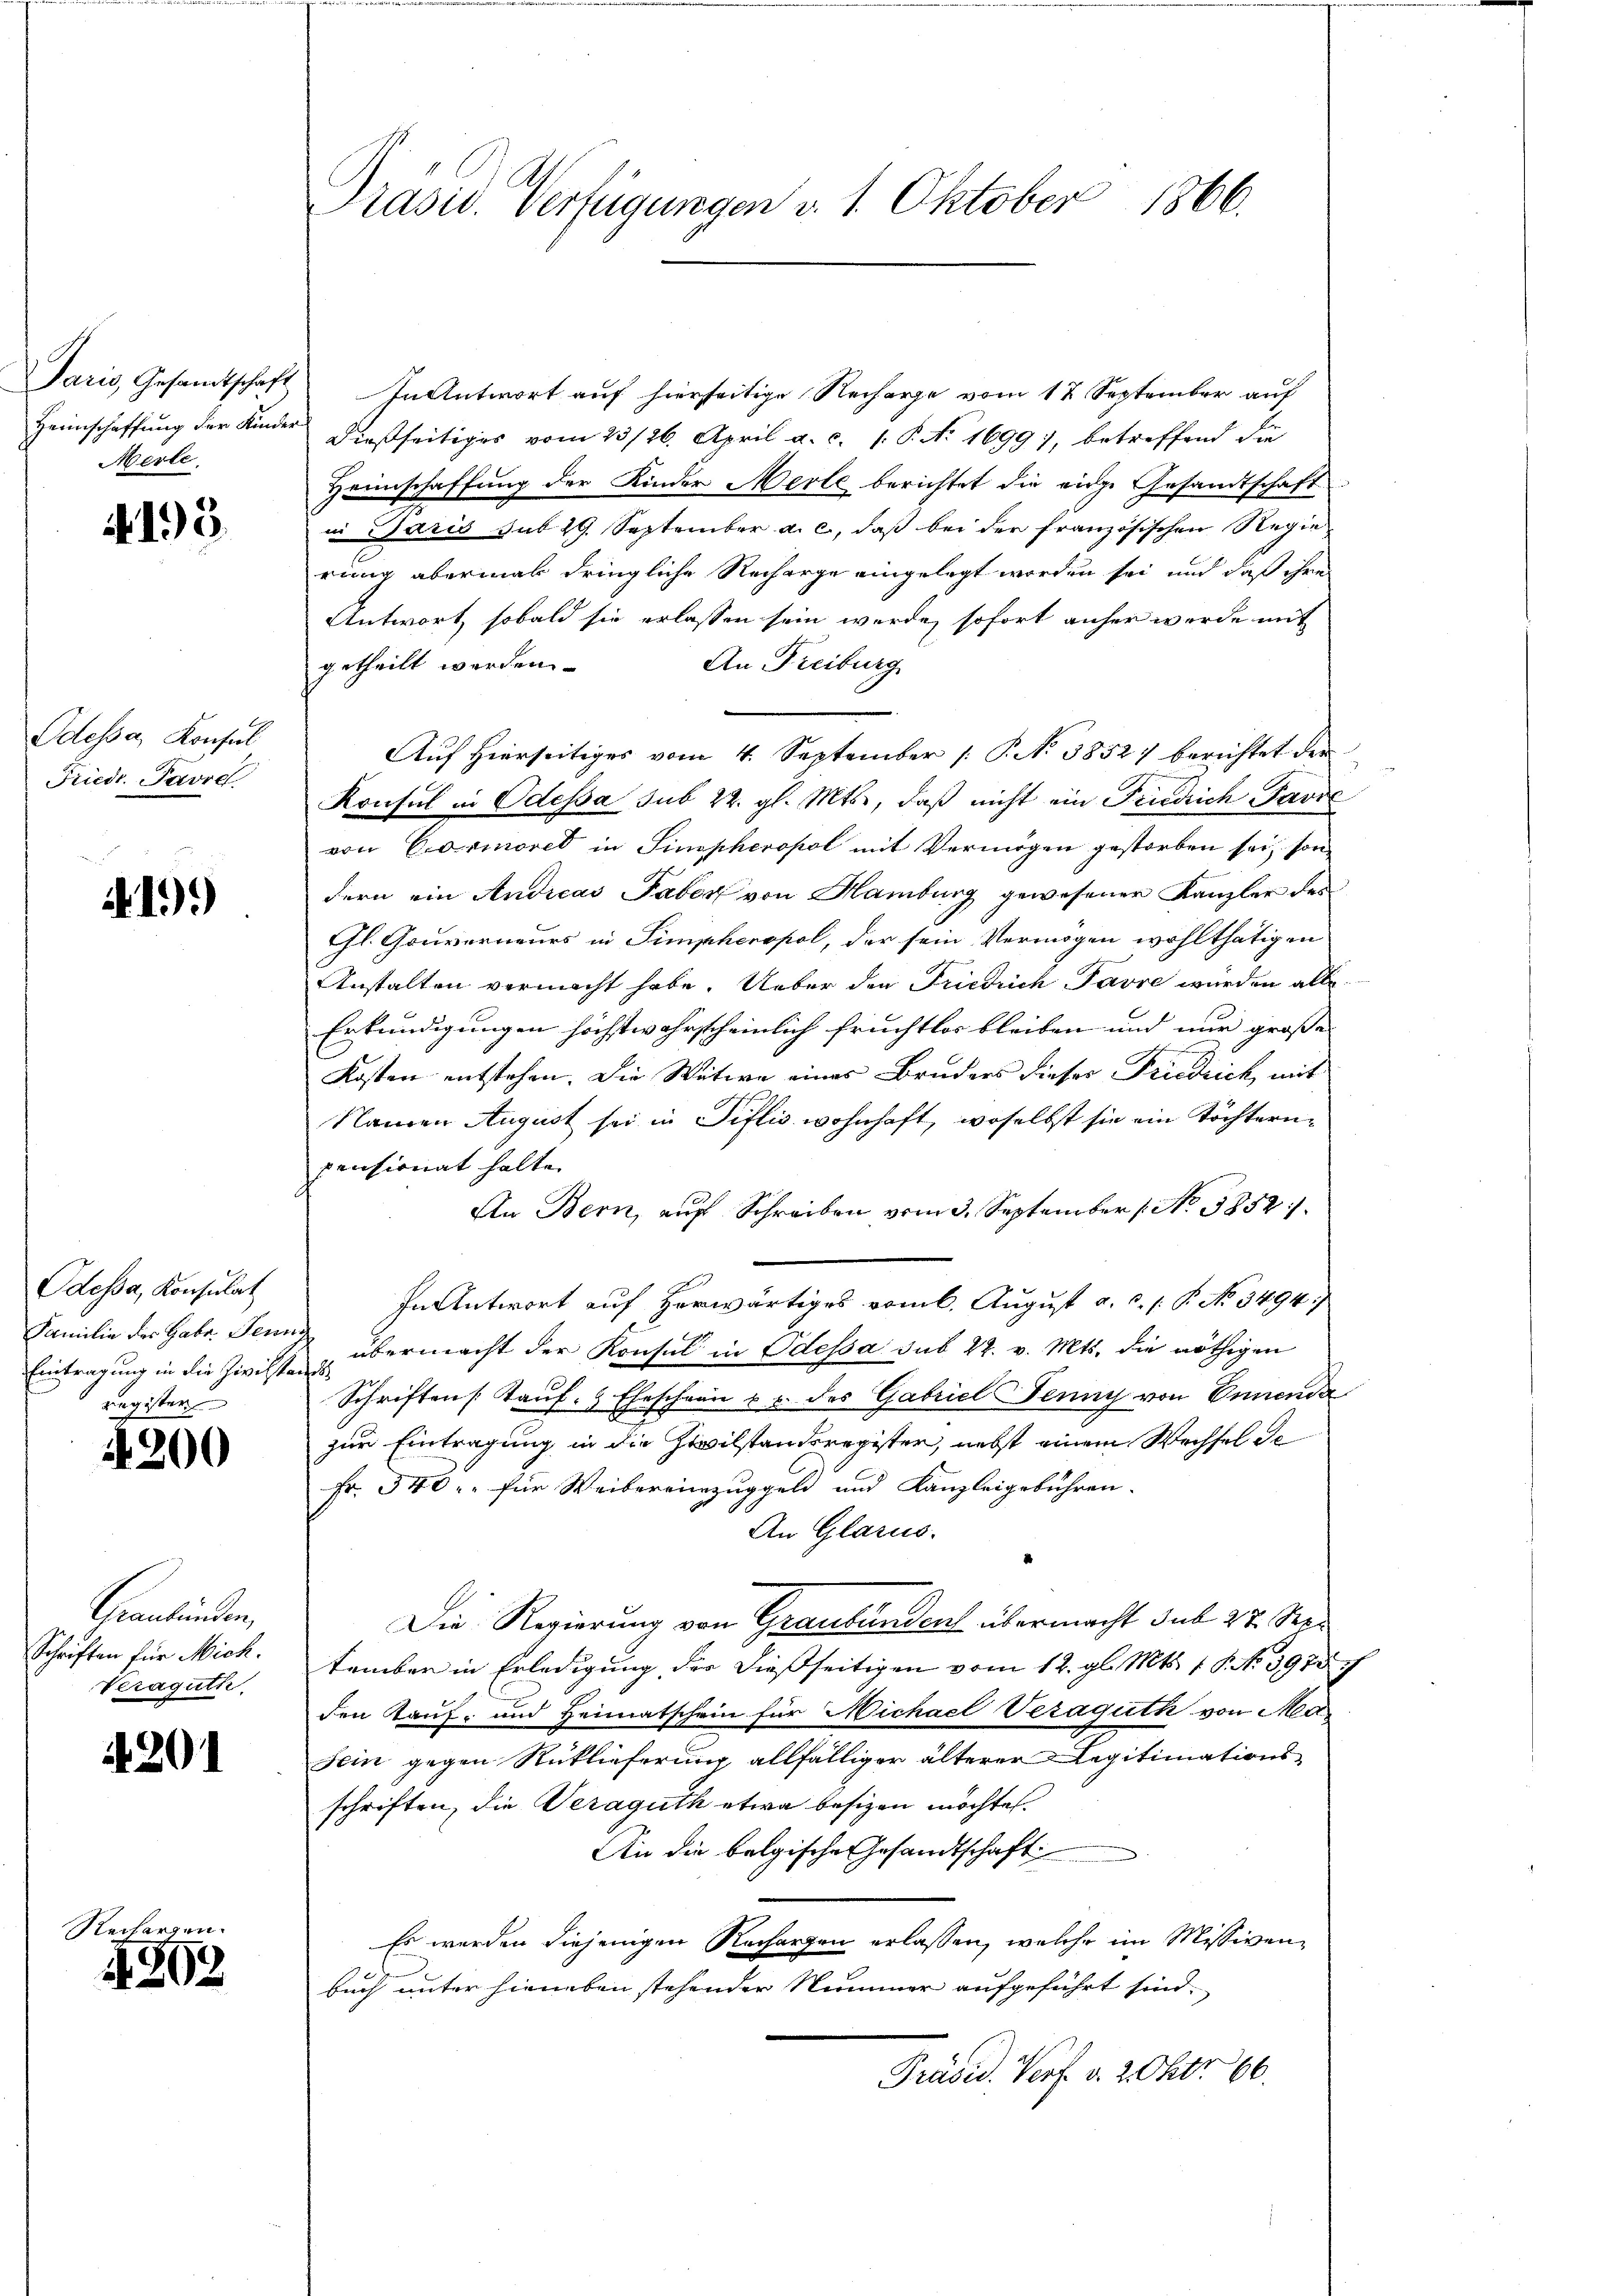
Merle

J

4195.

Odessa, Konsul
Friedr. Havre

A.19)

Odessa, Konsulat
Eintragung in die Zivilstand
register

4200

Graubünden,
Schriften für Mich.
Keraguth

4201

Rechargen.
4302

Präsid. Verfügungen v. 1. Oktober 1866.

Paris, Gesandtschaft In Antwort auf hierseitige Recharge vom 12 September auf
Heimschaffung der Kinder dießseitiges vom 23/26. April a. c. 1. P. No. 1699), betreffend die
Heimschaffung der Kinder Merle berichtet die eine Gesandtschaft
 Daris sub 29. September a. c., daß bei der französischen Regierung abermal dringliche Recharge eingelegt worden sei und daß ihre
Antwort, sobald sie erlassen sein werde, sofort anher werde mit
An Freiburg
getheilt werden
Auf Hierseitiges vom 4. September [ P. N. 3852) berichtet der
Konsul in Odessa sub 22. gl. Mts., daß nicht ein Friedrich Pavie
von Carmored in Simpheropol mit Vermögen gestorben sei, son
dern ein Andreas Taber von Hamburg gewesener Kanzler des
Gl. Gouverneurs in Simpheropol, der sein Vermögen wohlthätigen
Anstalten vermacht habe. Ueber den Friedrich Favre wurden alle
Erkundigungen höchstwahrscheinlich fruchtlos bleiben und nur grosse
Kosten entstehen. Die Witwe eines Bruders dieser Friedrich mit
Namen August sei in Tiflis wohnhaft, woselbst sie ein Töchternpensionat halte.
An Bern, auf Schreiben vom 3. September No 3852/
In Antwort auf herwärtiges vom 6. August a. c. s. P. No. 3494;
Familie des Gabe. Seien übermacht der Konsul in Odessa sub 22. v. Mts. die nöthigen
Schriften Tauf. 9 Eheschein u. v. des Gabricl Jenny von Ernende
zur Eintragung in die Zivilstanderegister, nebst einem Wechsel de
Fr. 340. für Weibereinzuggeld und Kanzleigebühren.
An Glarus.
Die Regierung von Graubünden übermacht sub 27. Retember in Erledigung der dießseitigen vom 12. gl. Mts. 1 S. No 3978/
den Kauf- und Heimatschein für Michael Vezaguth von Ma-
Sein gegen Rüklieferung, allfälliger älterer Legitimations-
schriften, die Veraguth etwa besizen möchte.
An die belgische Gesandtschaft
Es werden diejenigen Rechargen erlassen, welche im Missiven
buch unter hieneben stehender Nummer aufgeführt sind.
Präsid. Porf. v. 2. Okt. 86.